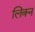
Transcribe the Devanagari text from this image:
लिक्न